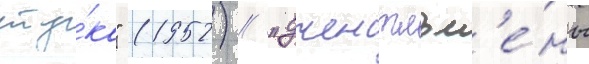
сту́ка" (1952) / "джентльм'е́ны